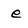
Character: e